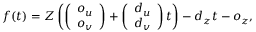
f ( t ) = Z \left( \left( \begin{array} { l } { o _ { u } } \\ { o _ { v } } \end{array} \right) + \left( \begin{array} { l } { d _ { u } } \\ { d _ { v } } \end{array} \right) t \right) - d _ { z } t - o _ { z } ,